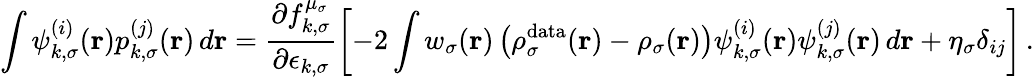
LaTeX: \int\psi_{k,\sigma}^{(i)}(\boldsymbol{\textbf{r}})p_{k,\sigma}^{(j)}(\boldsymbol{\textbf{r}})\, d\boldsymbol{\textbf{r}}=\frac{\partial f_{k,\sigma}^{\mu_{\sigma}}}{\partial\epsilon_{k,\sigma}}\left[-2\int w_{\sigma}(\boldsymbol{\textbf{r}})\left(\rho_{\sigma}^{\mathrm{data}}(\boldsymbol{\textbf{r}})-\rho_{\sigma}(\boldsymbol{\textbf{r}})\right)\psi_{k,\sigma}^{(i)}(\boldsymbol{\textbf{r}})\psi_{k,\sigma}^{(j)}(\boldsymbol{\textbf{r}})\, d\boldsymbol{\textbf{r}}+\eta_{\sigma}\delta_{ij}\right]\, .